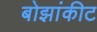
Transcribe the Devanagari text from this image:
बोझांकीट